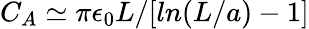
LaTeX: C_{A}\simeq\pi\epsilon_{0}L/[ln(L/a)-1]